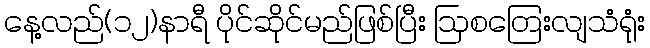
နေ့လည်(၁၂)နာရီ ပိုင်ဆိုင်မည်ဖြစ်ပြီး ဩစတြေးလျသံရုံး